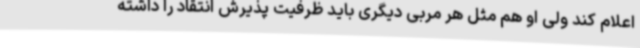
اعلام کند ولی او هم مثل هر مربی دیگری باید ظرفیت پذیرش انتقاد را داشته